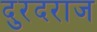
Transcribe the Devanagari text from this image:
दुरदराज